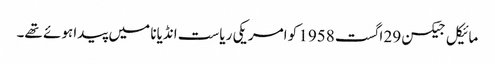
مائیکل جیکسن 29 اگست 1958 کو امریکی ریاست انڈیانا میں پیدا ہوئے تھے۔